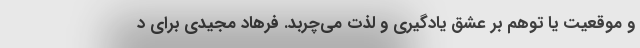
و موقعیت یا توهم بر عشق یادگیری و لذت می‌چربد. فرهاد مجیدی برای د